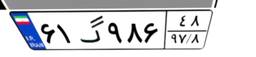
۶۱گ۹۸۶۴۸